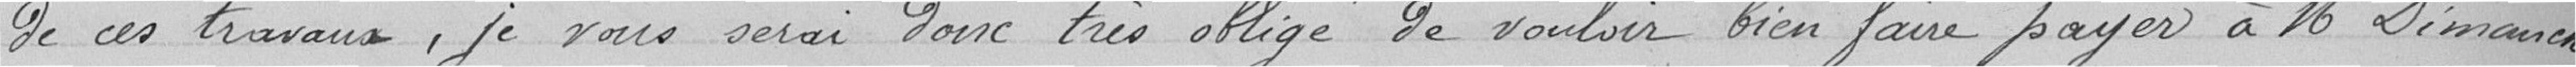
de ces travaux, je vous serait donc très obligé de vouloir bien faire payer à Monsieur Dimanche